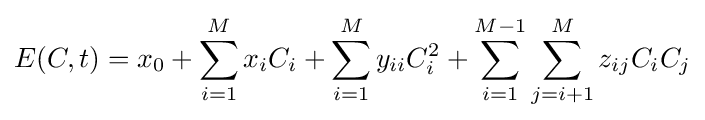
E(C,t)=x_{0}+\sum _{i=1}^{M}x_{i}C_{i}+\sum _{i=1}^{M}y_{ii}C_{i}^{2}+\sum _{i=1}^{M-1}\sum _{j=i+1}^{M}z_{ij}C_{i}C_{j}